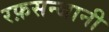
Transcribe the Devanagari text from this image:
रफ़सन्जानी